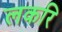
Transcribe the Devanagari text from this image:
लकरि